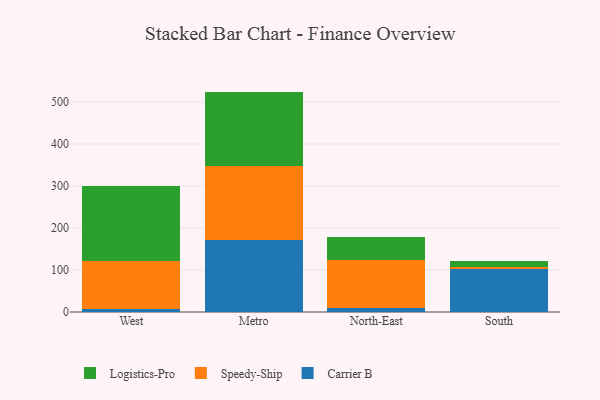
{"axis": {"x": "Region", "y": "Waste Production (Tons)"}, "legend": ["Carrier B", "Logistics-Pro", "Speedy-Ship"], "data": [{"x": "West", "y": 6.5, "type": "Carrier B"}, {"x": "West", "y": 115.3, "type": "Speedy-Ship"}, {"x": "West", "y": 177.7, "type": "Logistics-Pro"}, {"x": "Metro", "y": 171.9, "type": "Carrier B"}, {"x": "Metro", "y": 176.1, "type": "Speedy-Ship"}, {"x": "Metro", "y": 176.7, "type": "Logistics-Pro"}, {"x": "North-East", "y": 10.2, "type": "Carrier B"}, {"x": "North-East", "y": 112.6, "type": "Speedy-Ship"}, {"x": "North-East", "y": 55.8, "type": "Logistics-Pro"}, {"x": "South", "y": 102.5, "type": "Carrier B"}, {"x": "South", "y": 5.8, "type": "Speedy-Ship"}, {"x": "South", "y": 14.2, "type": "Logistics-Pro"}]}